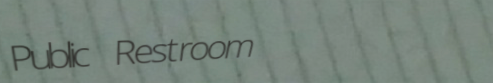
Public Restroom